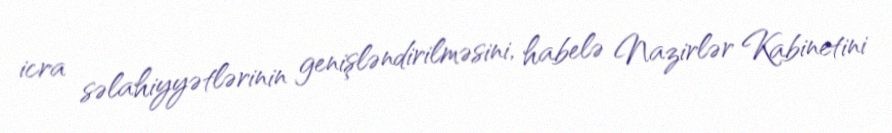
icra səlahiyyətlərinin genişləndirilməsini, habelə Nazirlər Kabinetini